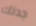
جدتك